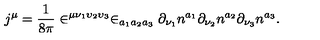
j ^ { \mu } = \frac 1 { 8 \pi } \in ^ { \mu \nu _ { 1 } \upsilon _ { 2 } \upsilon _ { 3 } } \in _ { a _ { 1 } a _ { 2 } a _ { 3 } } \partial _ { \nu _ { 1 } } n ^ { a _ { 1 } } \partial _ { \nu _ { 2 } } n ^ { a _ { 2 } } \partial _ { \nu _ { 3 } } n ^ { a _ { 3 } } .